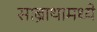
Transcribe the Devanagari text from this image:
साब्राथामध्ये